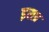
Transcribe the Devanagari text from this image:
इसप्र